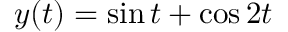
y ( t ) = \sin t + \cos 2 t